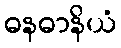
ဓနဓာနိယံ